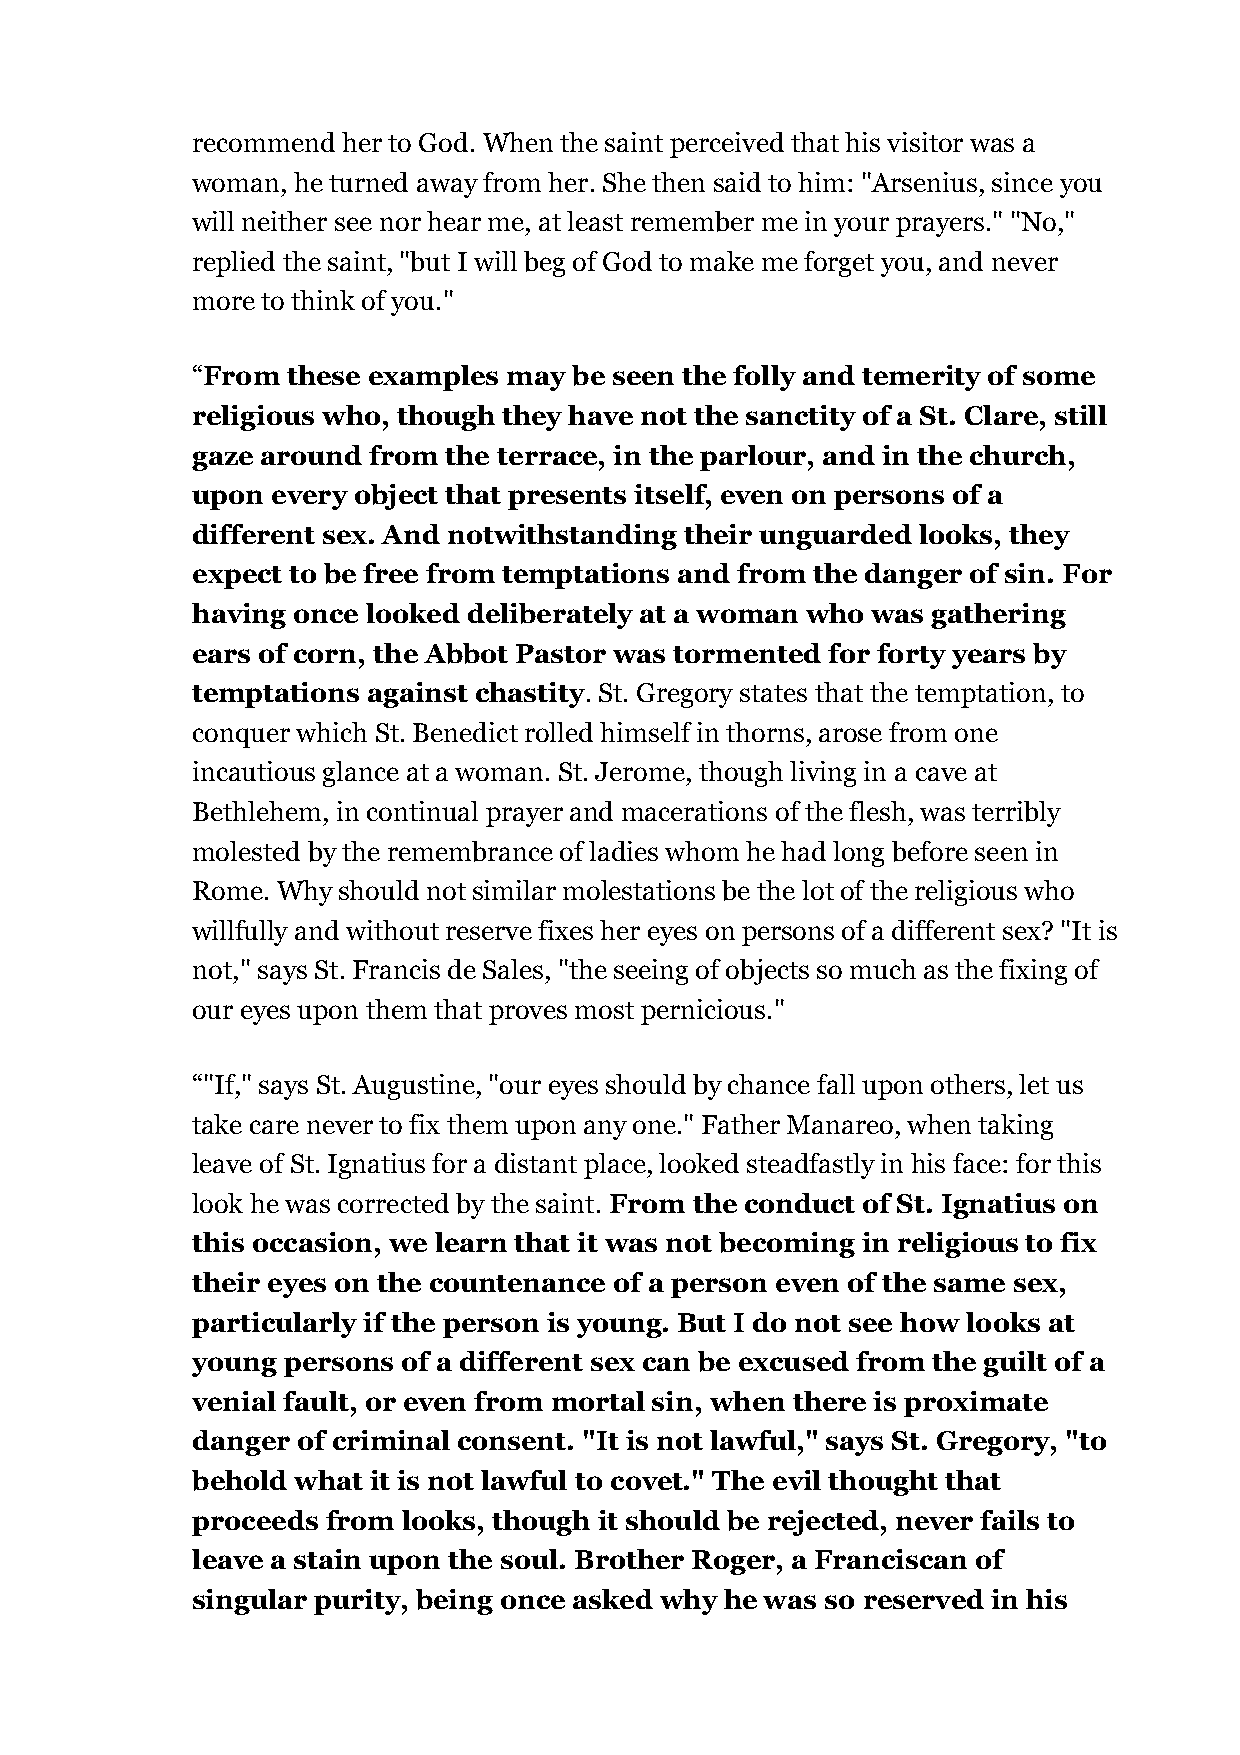
recommend her to God. When the saint perceived that his visitor was a
 woman, he turned away from her. She then said to him: "Arsenius, since you
 will neither see nor hear me, at least remember me in your prayers." "No,"
 replied the saint, "but I will beg of God to make me forget you, and never
 more to think of you."
 “From these examples may be seen the folly and temerity of some
 religious who, though they have not the sanctity of a St. Clare, still
 gaze around from the terrace, in the parlour, and in the church,
 upon every object that presents itself, even on persons of a
 different sex. And notwithstanding their unguarded looks, they
 expect to be free from temptations and from the danger of sin. For
 having once looked deliberately at a woman who was gathering
 ears of corn, the Abbot Pastor was tormented for forty years by
 temptations against chastity. St. Gregory states that the temptation, to
 conquer which St. Benedict rolled himself in thorns, arose from one
 incautious glance at a woman. St. Jerome, though living in a cave at
 Bethlehem, in continual prayer and macerations of the flesh, was terribly
 molested by the remembrance of ladies whom he had long before seen in
 Rome. Why should not similar molestations be the lot of the religious who
 willfully and without reserve fixes her eyes on persons of a different sex? "It is
 not," says St. Francis de Sales, "the seeing of objects so much as the fixing of
 our eyes upon them that proves most pernicious."
 “"If," says St. Augustine, "our eyes should by chance fall upon others, let us
 take care never to fix them upon any one." Father Manareo, when taking
 leave of St. Ignatius for a distant place, looked steadfastly in his face: for this
 look he was corrected by the saint. From the conduct of St. Ignatius on
 this occasion, we learn that it was not becoming in religious to fix
 their eyes on the countenance of a person even of the same sex,
 particularly if the person is young. But I do not see how looks at
 young persons of a different sex can be excused from the guilt of a
 venial fault, or even from mortal sin, when there is proximate
 danger of criminal consent. "It is not lawful," says St. Gregory, "to
 behold what it is not lawful to covet." The evil thought that
 proceeds from looks, though it should be rejected, never fails to
 leave a stain upon the soul. Brother Roger, a Franciscan of
 singular purity, being once asked why he was so reserved in his